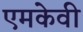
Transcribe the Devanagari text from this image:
एमकेवी